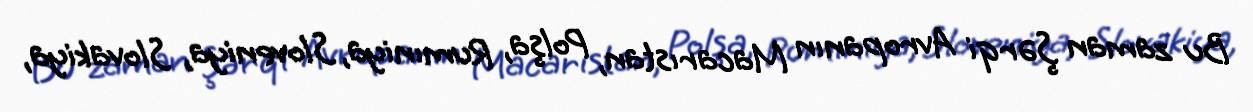
Bu zaman Şərqi Avropanın Macarıstan, Polşa, Rumıniya, Sloveniya, Slovakiya,